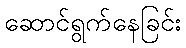
ဆောင်ရွက်နေခြင်း